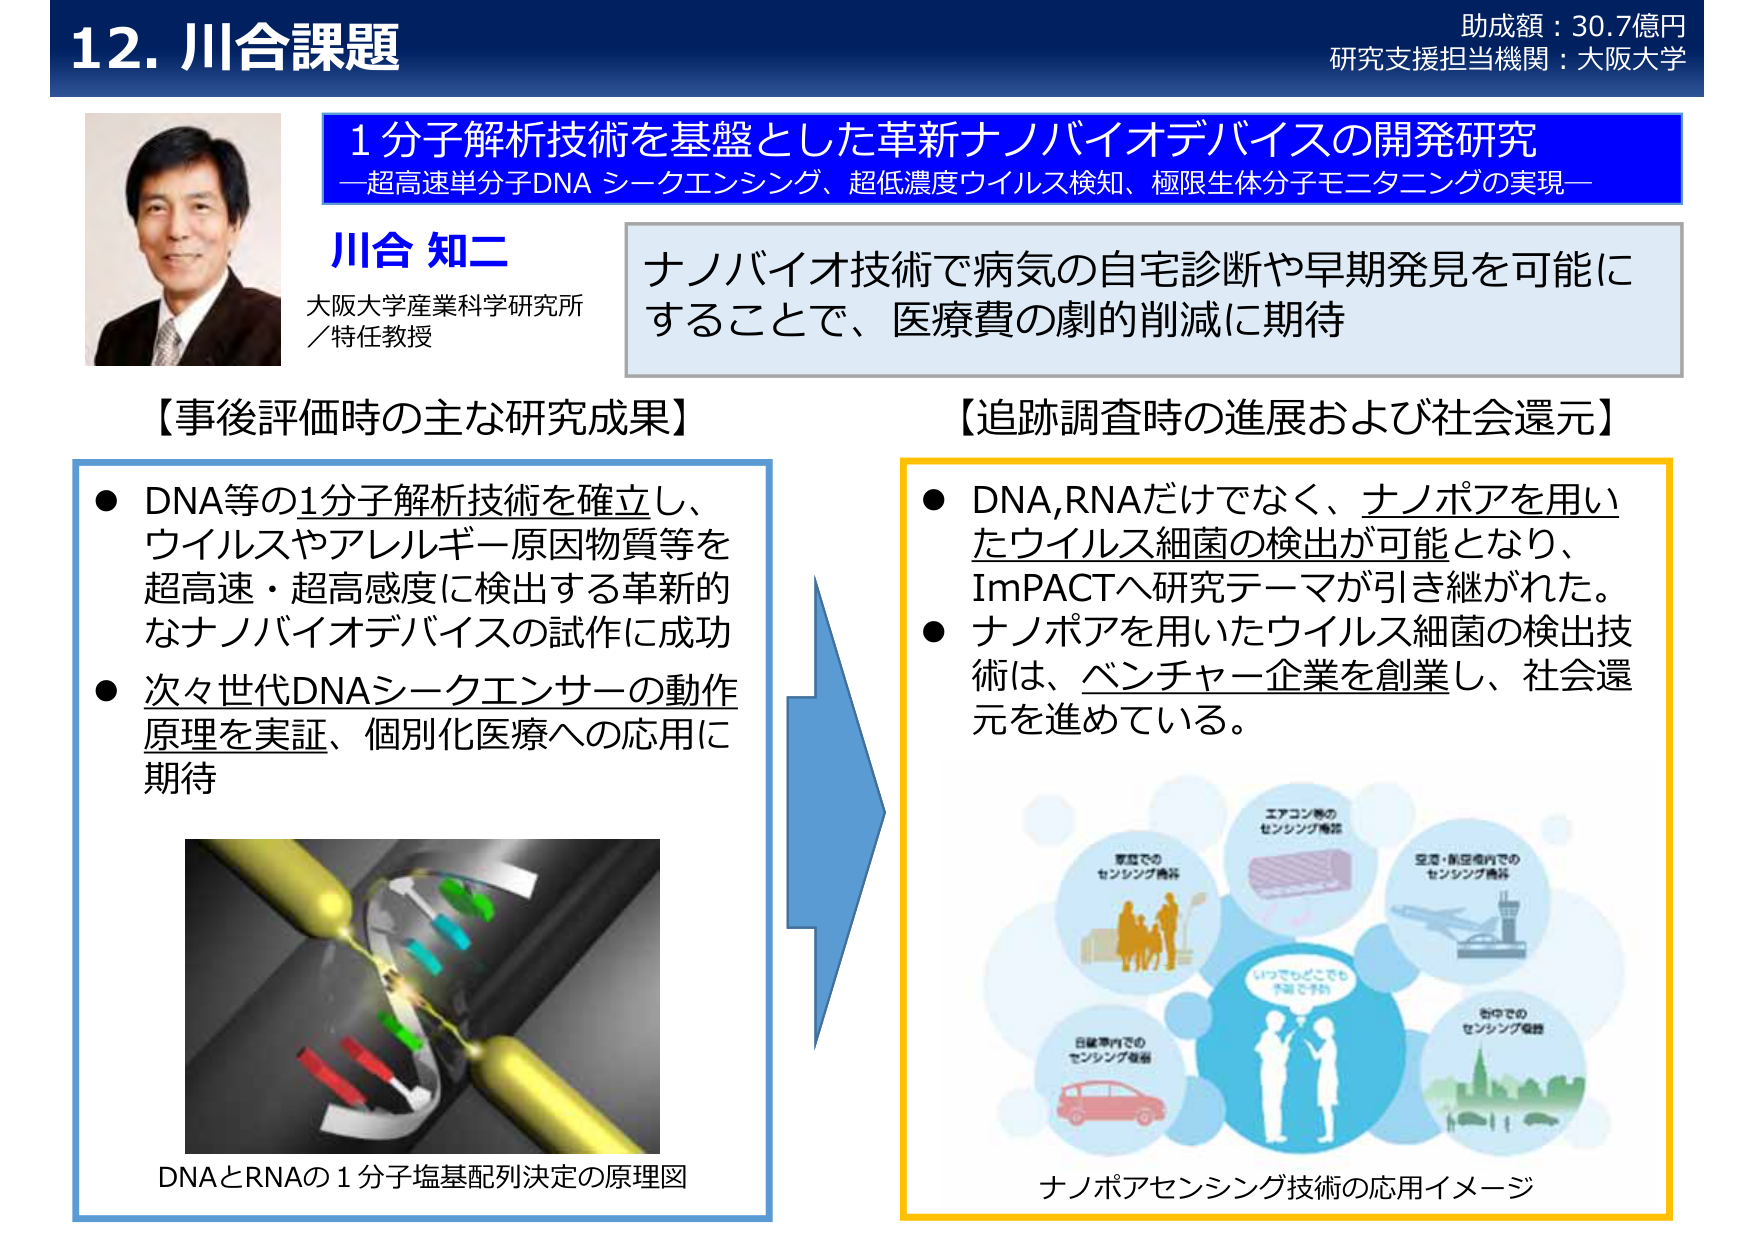
12. 川合課題
助成額：30.7億円
研究支援担当機関：大阪大学

1 分子解析技術を基盤とした革新ナノバイオデバイスの開発研究
—超高速単分子DNA シークエンシング、超低濃度ウイルス検知、極限生体分子モニタニングの実現—

川合 知二
大阪大学産業科学研究所
／特任教授

ナノバイオ技術で病気の自宅診断や早期発見を可能に
することで、医療費の劇的削減に期待

【事後評価時の主な研究成果】
● DNA等の1分子解析技術を確立し、
ウイルスやアレルギー原因物質等を
超高速・超高感度に検出する革新的
なナノバイオデバイスの試作に成功
● 次々世代DNAシークエンサーの動作
原理を実証、個別化医療への応用に
期待

DNAとRNAの1分子塩基配列決定の原理図

【追跡調査時の進展および社会還元】
● DNA,RNAだけでなく、ナノポアを用い
たウイルス細菌の検出が可能となり、
ImPACTへ研究テーマが引き継がれた。
● ナノポアを用いたウイルス細菌の検出技
術は、ベンチャー企業を創業し、社会還
元を進めている。

エアコン等の
センシング機器
家庭での
センシング機器
空港・航空機内での
センシング機器
いつでもどこでも
手軽に予防
日産車内での
センシング機器
街中での
センシング機器

ナノポアセンシング技術の応用イメージ